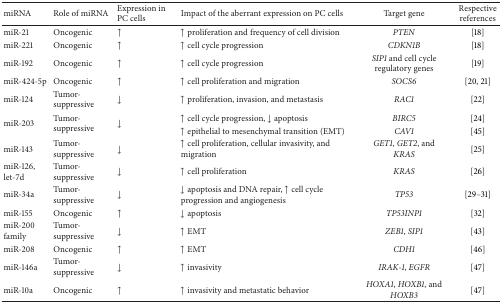
<table><thead><tr><td><b>miRNA</b></td><td><b>Role of miRNA</b></td><td><b>Expression in PC cells</b></td><td><b>Impact of the aberrant expression on PC cells</b></td><td><b>Target gene</b></td><td><b>Respective references</b></td></tr></thead><tbody><tr><td>miR-21</td><td>Oncogenic</td><td>↑</td><td>↑ proliferation and frequency of cell division</td><td><i>PTEN </i></td><td>[18]</td></tr><tr><td>miR-221</td><td>Oncogenic</td><td>↑</td><td>↑ cell cycle progression</td><td><i>CDKN1B </i></td><td>[18]</td></tr><tr><td>miR-192</td><td>Oncogenic</td><td>↑</td><td>↑ cell cycle progression</td><td><i>SIP1 </i>and cell cycle regulatory genes</td><td>[19]</td></tr><tr><td>miR-424-5p</td><td>Oncogenic</td><td>↑</td><td>↑ cell proliferation and migration</td><td><i>SOCS6 </i></td><td>[20, 21]</td></tr><tr><td>miR-124</td><td>Tumor-suppressive</td><td>↓</td><td>↑ proliferation, invasion, and metastasis</td><td><i>RAC1 </i></td><td>[22]</td></tr><tr><td rowspan="2">miR-203</td><td rowspan="2">Tumor-suppressive</td><td rowspan="2">↓</td><td>↑ cell cycle progression, ↓ apoptosis</td><td><i>BIRC5 </i></td><td>[24]</td></tr><tr><td>↑ epithelial to mesenchymal transition (EMT)</td><td><i>CAV1 </i></td><td>[45]</td></tr><tr><td>miR-143</td><td>Tumor-suppressive</td><td>↓</td><td>↑ cell proliferation, cellular invasivity, and migration</td><td><i>GET1</i>,<i> GET2</i>, and<i> KRAS </i></td><td>[25]</td></tr><tr><td>miR-126, let-7d</td><td>Tumor-suppressive</td><td>↓</td><td>↑ cell proliferation</td><td><i>KRAS </i></td><td>[26]</td></tr><tr><td>miR-34a</td><td>Tumor-suppressive</td><td>↓</td><td>↓ apoptosis and DNA repair, ↑ cell cycle progression and angiogenesis</td><td><i>TP53 </i></td><td>[29–31]</td></tr><tr><td>miR-155</td><td>Oncogenic</td><td>↑</td><td>↓ apoptosis</td><td><i>TP53INP1 </i></td><td>[32]</td></tr><tr><td>miR-200 family</td><td>Tumor-suppressive</td><td>↓</td><td>↑ EMT</td><td><i>ZEB1</i>,<i> SIP1 </i></td><td>[43]</td></tr><tr><td>miR-208</td><td>Oncogenic</td><td>↑</td><td>↑ EMT</td><td><i>CDH1 </i></td><td>[46]</td></tr><tr><td>miR-146a</td><td>Tumor-suppressive</td><td>↓</td><td>↑ invasivity</td><td><i>IRAK-1</i>, <i>EGFR </i></td><td>[47]</td></tr><tr><td>miR-10a</td><td>Oncogenic</td><td>↑</td><td>↑ invasivity and metastatic behavior</td><td><i>HOXA1</i>,<i> HOXB1</i>, and<i> HOXB3 </i></td><td>[47]</td></tr></tbody></table>